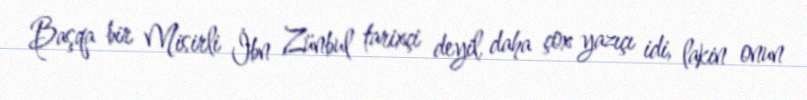
Başqa bir Misirli İbn Zünbul tarixçi deyil, daha çox yazıçı idi, lakin onun